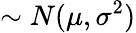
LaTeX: \sim N(\mu,\sigma^{2})